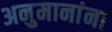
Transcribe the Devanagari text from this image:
अनुमानांना